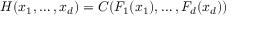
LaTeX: H ( x _ { 1 } , \dots , x _ { d } ) = C ( F _ { 1 } ( x _ { 1 } ) , \dots , F _ { d } ( x _ { d } ) )